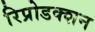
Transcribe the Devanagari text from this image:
रिप्रोडक्शन